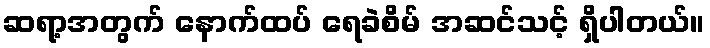
ဆရာ့အတွက် နောက်ထပ် ရေခဲစိမ် အဆင်သင့် ရှိပါတယ်။